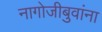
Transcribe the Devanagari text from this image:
नागोजीबुवांना